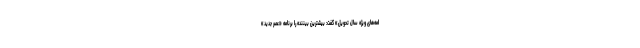
امه‌های ویژه سال‌ تحویل» گفت: بیشترین بیننده را برنامه «عصر جدید»